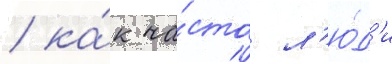
/ ка́к ча́сто л'ю́д'и